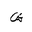
Letter: _shin